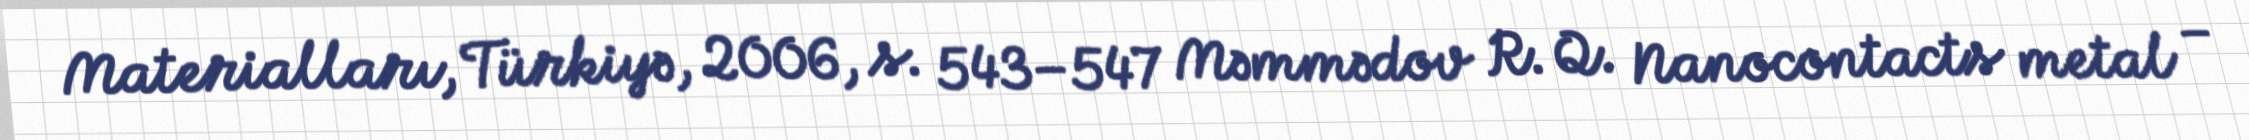
Materialları, Türkiyə, 2006, s. 543–547 Məmmədov R. Q. Nanocontacts metal –